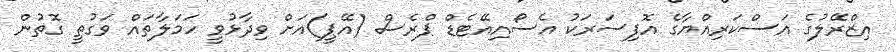
އިޒްރޭލުގެ އަސްކަރިއްޔާގެ އޮފިސަރަކު އެސޯއިއޭޓެޑް ޕްރެސް (އޭޕީ)އަށް ވިދާޅުވީ ހަމަލާތައް ވަގުތީ ގޮތުން